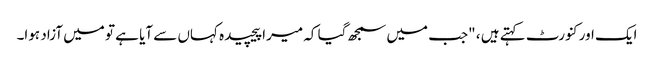
ایک اور کنورٹ کہتے ہیں ، "جب میں سمجھ گیا کہ میرا پیچیدہ کہاں سے آیا ہے تو میں آزاد ہوا۔